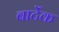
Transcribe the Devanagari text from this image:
बार्टेक